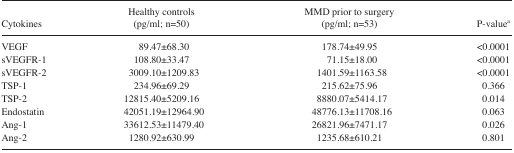
<table><thead><tr><td><b>Cytokines</b></td><td><b>Healthy controls (pg/ml; n=50)</b></td><td><b>MMD prior to surgery (pg/ml; n=53)</b></td><td><b>P-valuea</b></td></tr></thead><tbody><tr><td>VEGF</td><td>89.47±68.30</td><td>178.74±49.95</td><td>&lt;0.0001</td></tr><tr><td>sVEGFR-1</td><td>108.80±33.47</td><td>71.15±18.00</td><td>&lt;0.0001</td></tr><tr><td>sVEGFR-2</td><td>3009.10±1209.83</td><td>1401.59±1163.58</td><td>&lt;0.0001</td></tr><tr><td>TSP-1</td><td>234.96±69.29</td><td>215.62±75.96</td><td>0.366</td></tr><tr><td>TSP-2</td><td>12815.40±5209.16</td><td>8880.07±5414.17</td><td>0.014</td></tr><tr><td>Endostatin</td><td>42051.19±12964.90</td><td>48776.13±11708.16</td><td>0.063</td></tr><tr><td>Ang-1</td><td>33612.53±11479.40</td><td>26821.96±7471.17</td><td>0.026</td></tr><tr><td>Ang-2</td><td>1280.92±630.99</td><td>1235.68±610.21</td><td>0.801</td></tr></tbody></table>